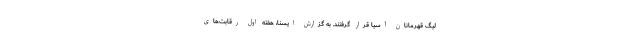
لیگ قهرمانان آسیا قرار گرفتند. به گزارش ایسنا، هفته اول رقابت‌های